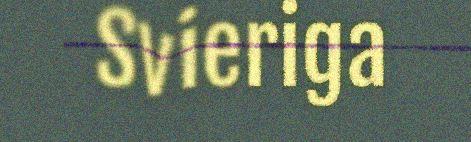
Svieriga